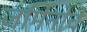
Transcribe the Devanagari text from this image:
जर्मिनोचे